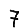
Digit: 7